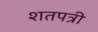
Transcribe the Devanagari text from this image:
शतपत्री